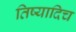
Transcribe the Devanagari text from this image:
तिष्यादिच